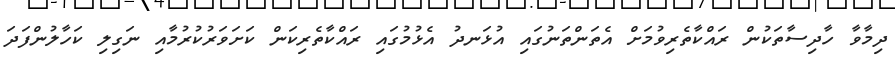
ދިމާވާ ހާދިސާތަކުން ރައްކާތެރިވުމަށް އެތަންތަނުގައި އުޅަނދު އެޅުމުގައި ރައްކާތެރިކަން ކަށަވަރުކުރުމާއި ނަގިލި ކަހާލުންފަދަ